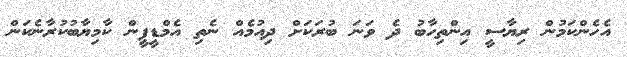
އެހެންކަމުން ރިޔާސީ އިންތިހާބު ދެ ވަނަ ބުރަކަށް ދިއުމެއް ނެތި އެމްޑީޕީން ކާމިޔާބުކުރާނެކަން